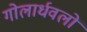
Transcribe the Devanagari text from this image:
गोलार्धवलों